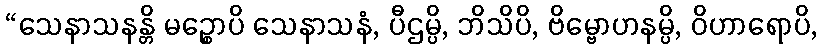
“သေနာသနန္တိ မဉ္စောပိ သေနာသနံ, ပီဌမ္ပိ, ဘိသိပိ, ဗိမ္ဗောဟနမ္ပိ, ဝိဟာရောပိ,